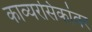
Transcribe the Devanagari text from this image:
काव्यरसिकांवर